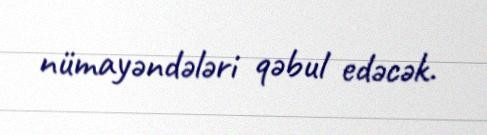
nümayəndələri qəbul edəcək.